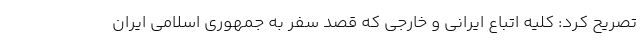
تصریح کرد: کلیه اتباع ایرانی و خارجی که قصد سفر به جمهوری اسلامی ایران